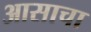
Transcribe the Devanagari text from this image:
आसाचा